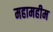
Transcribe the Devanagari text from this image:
महामहीम